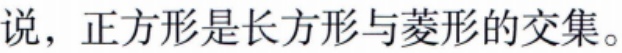
说，正方形是长方形与菱形的交集。